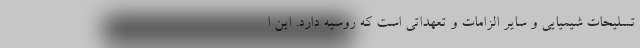
تسلیحات شیمیایی و سایر الزامات و تعهداتی است که روسیه دارد. این ا